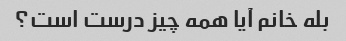
بله خانم آیا همه چیز درست است؟